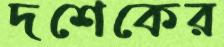
দশেকের